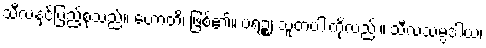
သီလနှင့်ပြည့်စုံသည်။ ဟောတိ၊ ဖြစ်၏။ ပရဉ္စ၊ သူတပါးကိုလည်း။ သီလသမ္ပဒါယ၊